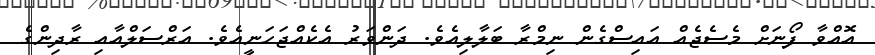
އޮއްވާ ފޯނަށް މެސެޖެއް އައިސްގެން ނިމްރާ ބަލާލިއެވެ. ދަންވަރު އެކެއްޖަހަނީއެވެ. އަރްސަލްއާއި ރާދިންގެ